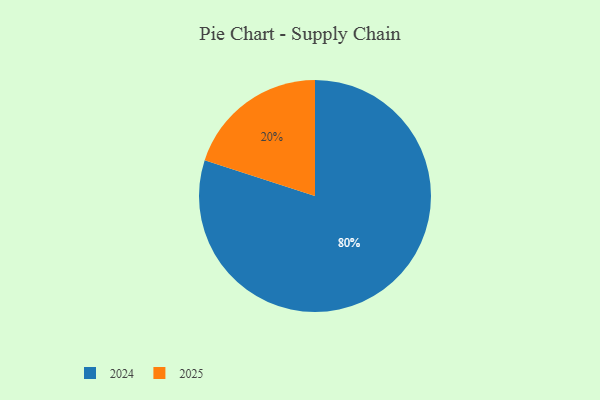
{"axis": {"x": "Category", "y": "Percentage"}, "legend": ["2024", "2025"], "data": [{"x": "2024", "y": 80, "type": "2024"}, {"x": "2025", "y": 20, "type": "2025"}]}